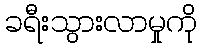
ခရီးသွားလာမှုကို